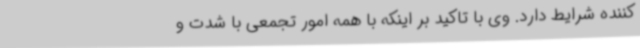
کننده شرایط دارد. وی با تاکید بر اینکه با همه امور تجمعی با شدت و